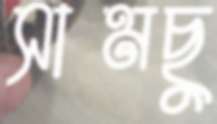
সামছু